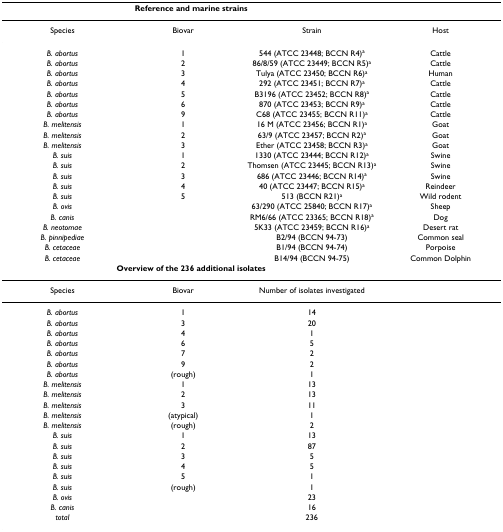
<table><thead><tr><td colspan="3"><b>Reference and marine strains</b></td><td></td></tr></thead><tbody><tr><td>Species</td><td>Biovar</td><td>Strain</td><td>Host</td></tr><tr><td><i>B. abortus</i></td><td>1</td><td>544 (ATCC 23448; BCCN R4)<sup>a</sup></td><td>Cattle</td></tr><tr><td><i>B. abortus</i></td><td>2</td><td>86/8/59 (ATCC 23449; BCCN R5)<sup>a</sup></td><td>Cattle</td></tr><tr><td><i>B. abortus</i></td><td>3</td><td>Tulya (ATCC 23450; BCCN R6)<sup>a</sup></td><td>Human</td></tr><tr><td><i>B. abortus</i></td><td>4</td><td>292 (ATCC 23451; BCCN R7)<sup>a</sup></td><td>Cattle</td></tr><tr><td><i>B. abortus</i></td><td>5</td><td>B3196 (ATCC 23452; BCCN R8)<sup>a</sup></td><td>Cattle</td></tr><tr><td><i>B. abortus</i></td><td>6</td><td>870 (ATCC 23453; BCCN R9)<sup>a</sup></td><td>Cattle</td></tr><tr><td><i>B. abortus</i></td><td>9</td><td>C68 (ATCC 23455; BCCN R11)<sup>a</sup></td><td>Cattle</td></tr><tr><td><i>B. melitensis</i></td><td>1</td><td>16 M (ATCC 23456; BCCN R1)<sup>a</sup></td><td>Goat</td></tr><tr><td><i>B. melitensis</i></td><td>2</td><td>63/9 (ATCC 23457; BCCN R2)<sup>a</sup></td><td>Goat</td></tr><tr><td><i>B. melitensis</i></td><td>3</td><td>Ether (ATCC 23458; BCCN R3)<sup>a</sup></td><td>Goat</td></tr><tr><td><i>B. suis</i></td><td>1</td><td>1330 (ATCC 23444; BCCN R12)<sup>a</sup></td><td>Swine</td></tr><tr><td><i>B. suis</i></td><td>2</td><td>Thomsen (ATCC 23445; BCCN R13)<sup>a</sup></td><td>Swine</td></tr><tr><td><i>B. suis</i></td><td>3</td><td>686 (ATCC 23446; BCCN R14)<sup>a</sup></td><td>Swine</td></tr><tr><td><i>B. suis</i></td><td>4</td><td>40 (ATCC 23447; BCCN R15)<sup>a</sup></td><td>Reindeer</td></tr><tr><td><i>B. suis</i></td><td>5</td><td>513 (BCCN R21)<sup>a</sup></td><td>Wild rodent</td></tr><tr><td><i>B. ovis</i></td><td></td><td>63/290 (ATCC 25840; BCCN R17)<sup>a</sup></td><td>Sheep</td></tr><tr><td><i>B. canis</i></td><td></td><td>RM6/66 (ATCC 23365; BCCN R18)<sup>a</sup></td><td>Dog</td></tr><tr><td><i>B. neotomae</i></td><td></td><td>5K33 (ATCC 23459; BCCN R16)<sup>a</sup></td><td>Desert rat</td></tr><tr><td><i>B. pinnipediae</i></td><td></td><td>B2/94 (BCCN 94-73)</td><td>Common seal</td></tr><tr><td><i>B. cetaceae</i></td><td></td><td>B1/94 (BCCN 94-74)</td><td>Porpoise</td></tr><tr><td><i>B. cetaceae</i></td><td></td><td>B14/94 (BCCN 94-75)</td><td>Common Dolphin</td></tr><tr><td colspan="3"><b>Overview of the 236 additional isolates</b></td><td></td></tr><tr><td>Species</td><td>Biovar</td><td>Number of isolates investigated</td><td></td></tr><tr><td><i>B. abortus</i></td><td>1</td><td>14</td><td></td></tr><tr><td><i>B. abortus</i></td><td>3</td><td>20</td><td></td></tr><tr><td><i>B. abortus</i></td><td>4</td><td>1</td><td></td></tr><tr><td><i>B. abortus</i></td><td>6</td><td>5</td><td></td></tr><tr><td><i>B. abortus</i></td><td>7</td><td>2</td><td></td></tr><tr><td><i>B. abortus</i></td><td>9</td><td>2</td><td></td></tr><tr><td><i>B. abortus</i></td><td>(rough)</td><td>1</td><td></td></tr><tr><td><i>B. melitensis</i></td><td>1</td><td>13</td><td></td></tr><tr><td><i>B. melitensis</i></td><td>2</td><td>13</td><td></td></tr><tr><td><i>B. melitensis</i></td><td>3</td><td>11</td><td></td></tr><tr><td><i>B. melitensis</i></td><td>(atypical)</td><td>1</td><td></td></tr><tr><td><i>B. melitensis</i></td><td>(rough)</td><td>2</td><td></td></tr><tr><td><i>B. suis</i></td><td>1</td><td>13</td><td></td></tr><tr><td><i>B. suis</i></td><td>2</td><td>87</td><td></td></tr><tr><td><i>B. suis</i></td><td>3</td><td>5</td><td></td></tr><tr><td><i>B. suis</i></td><td>4</td><td>5</td><td></td></tr><tr><td><i>B. suis</i></td><td>5</td><td>1</td><td></td></tr><tr><td><i>B. suis</i></td><td>(rough)</td><td>1</td><td></td></tr><tr><td><i>B. ovis</i></td><td></td><td>23</td><td></td></tr><tr><td><i>B. canis</i></td><td></td><td>16</td><td></td></tr><tr><td><i>total</i></td><td></td><td>236</td><td></td></tr></tbody></table>